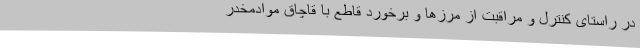
در راستای کنترل و مراقبت از مرزها و برخورد قاطع با قاچاق موادمخدر